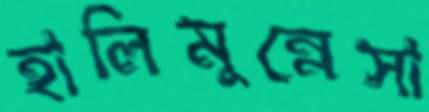
হালিমুন্নেসা